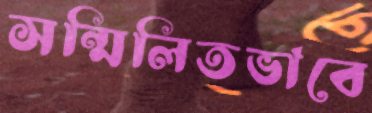
সন্মিলিতভাবে